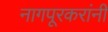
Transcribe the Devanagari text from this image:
नागपूरकरांनी